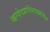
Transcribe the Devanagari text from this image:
ऋग्वेदप्रातिशाख्यांतील